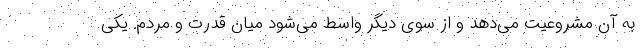
به آن مشروعیت می‌دهد و از سوی دیگر واسط می‌شود میان قدرت و مردم. یکی